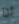
انا